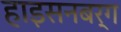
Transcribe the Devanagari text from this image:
हाइसनबर्ग